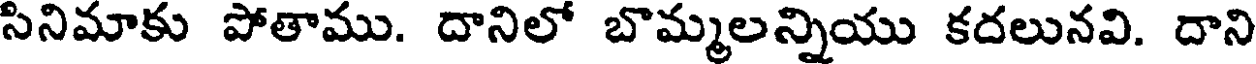
సినిమాకు పోతాము. దానిలో బొమ్మలన్నియు కదలునవి. దాని